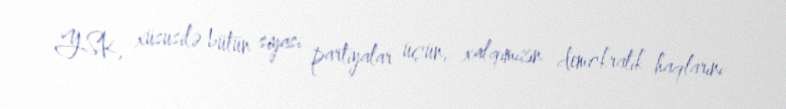
YSK, xüsusilə bütün siyasi partiyalar üçün, xalqımızın demokratik haqlarını